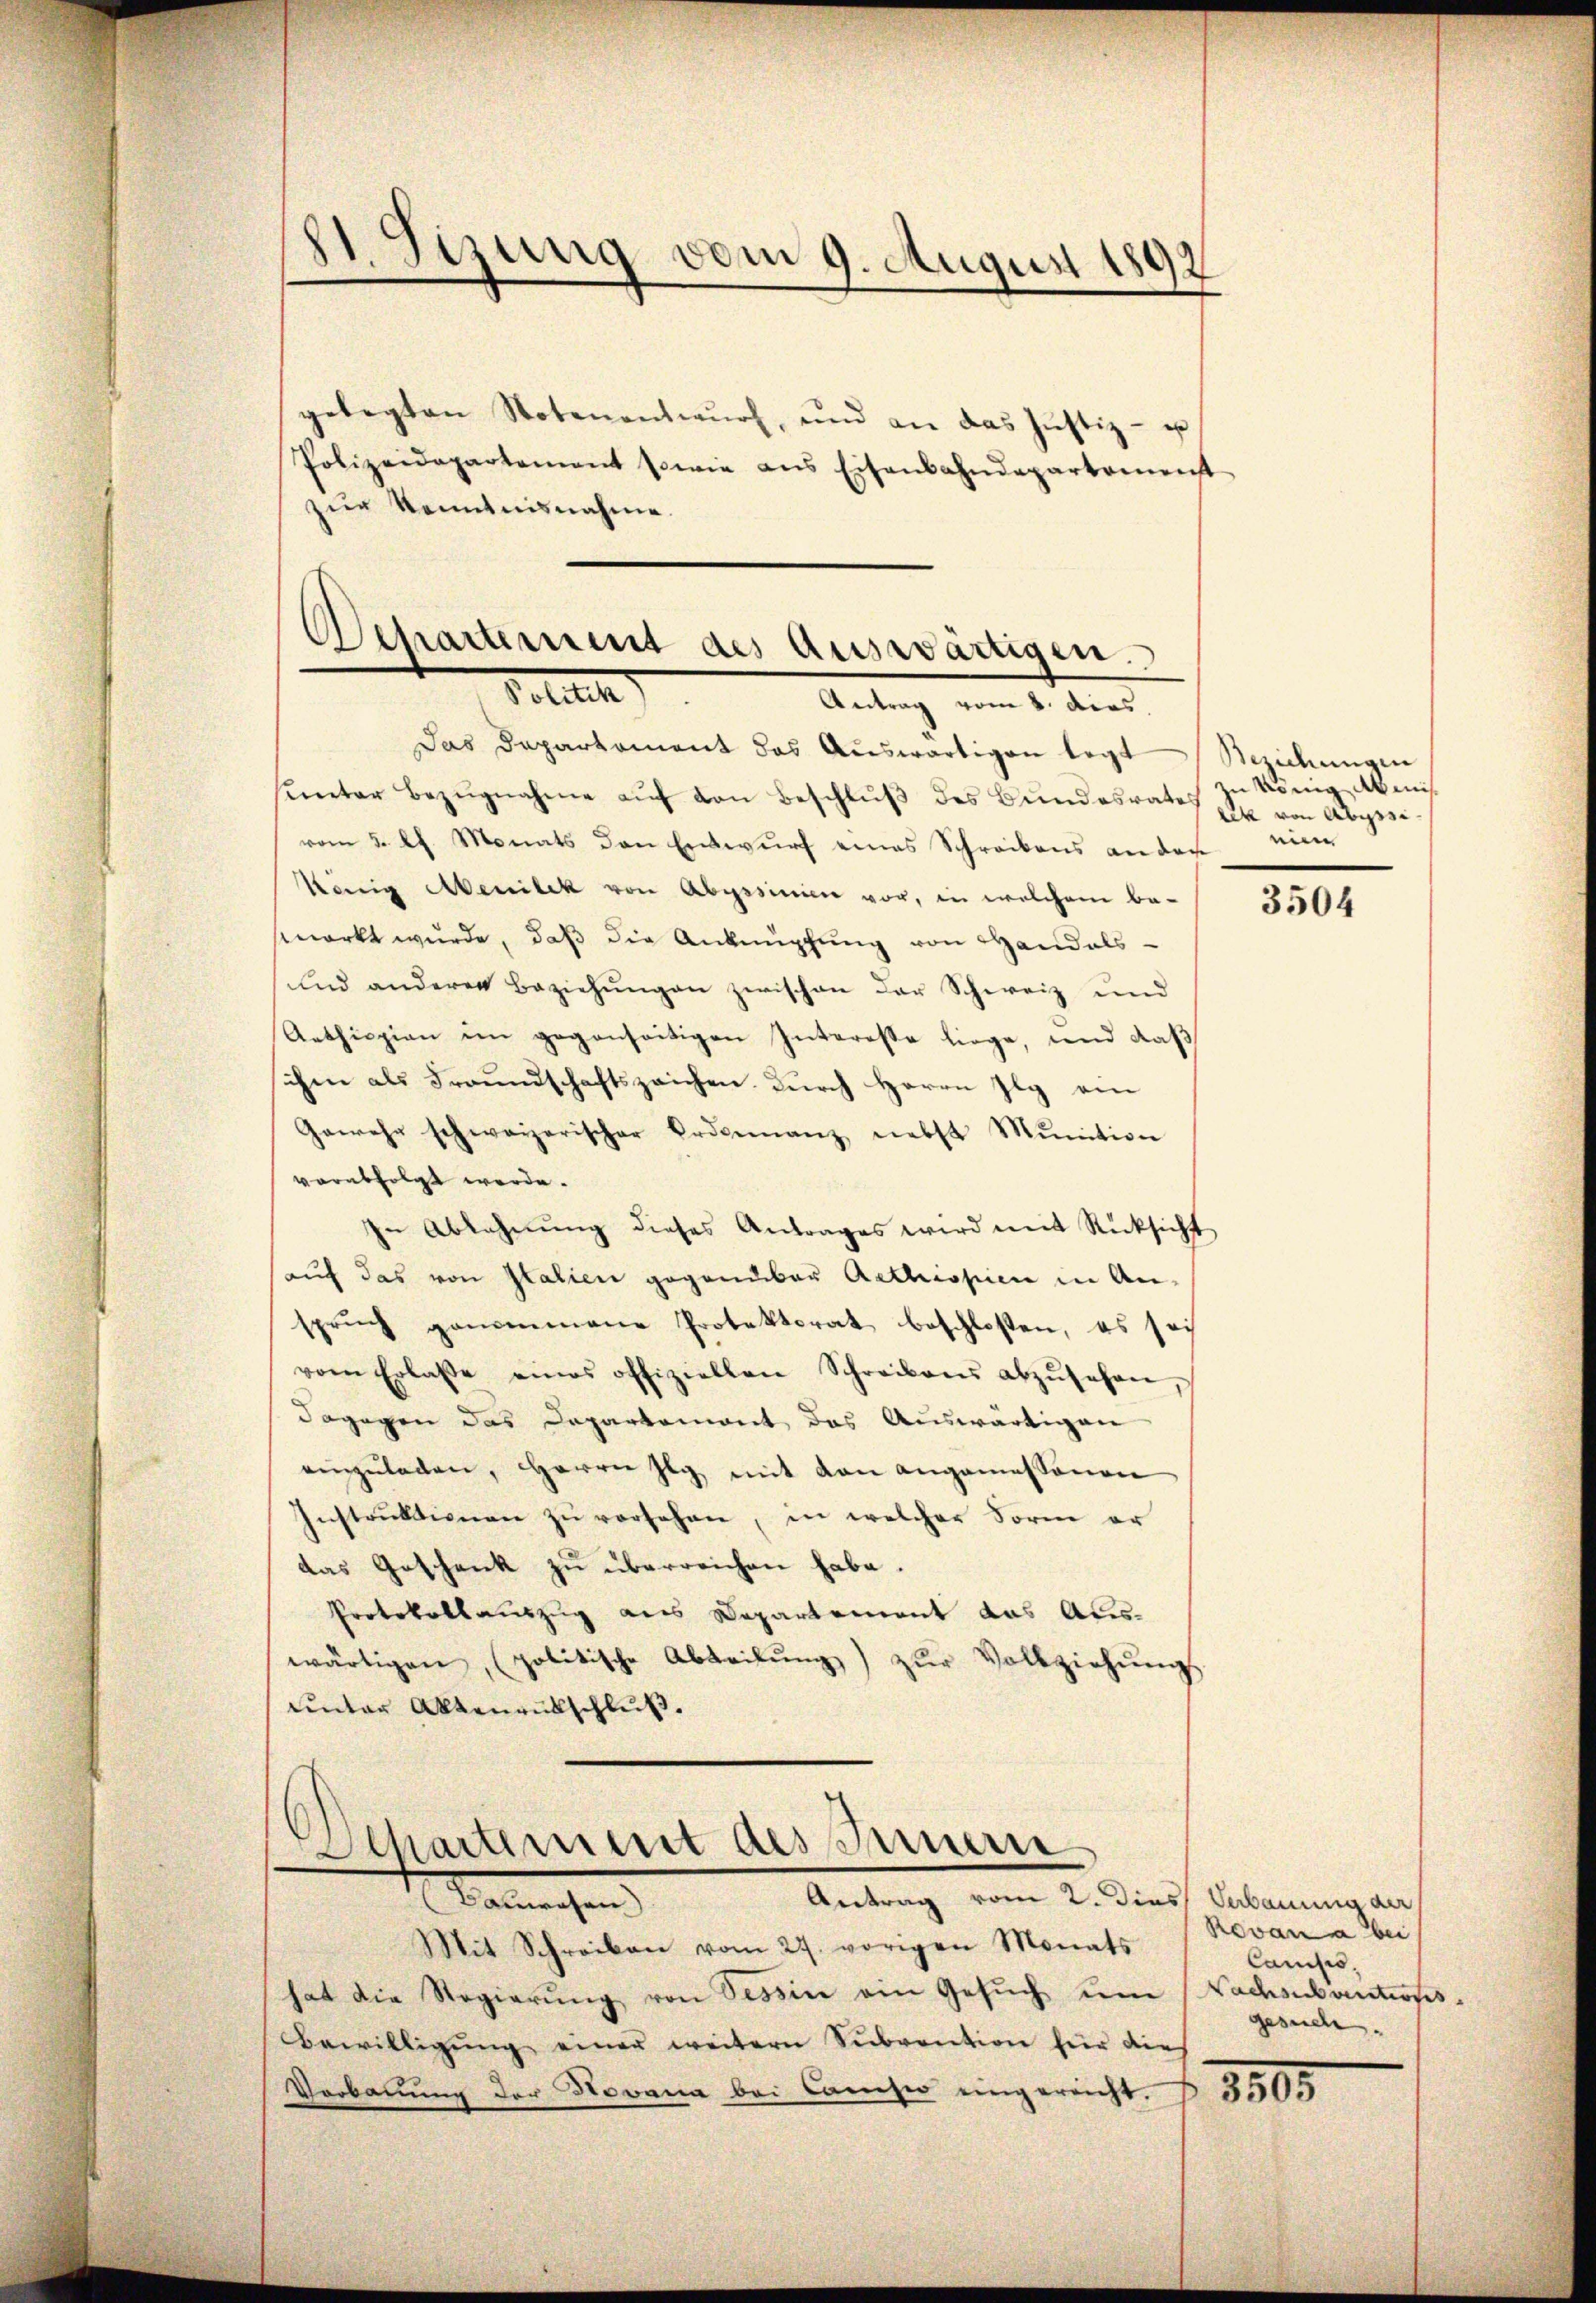
11. Sizung vom 9. August 1891

gelegten Notenentwŭrf, und an das Justiz- u
Polizeidepartement sowie ans Eisenbahndepartement
zur Kenntnisnahme.
Departement des Auswärtigen.

Petit
Antrag vom 4. dies.

Das Departament das Auswärtigen legt
sunter Bezugnahme auf den Beschluß des Bundesrates
vom 5. Ch. Monats den Entwurf eines Schreibens an der
König Menilek von Abgssinien vor, in welchem be-
merkt wŭrde, daβ die Anknüpfung von Handalsŭnd anderer Beziehŭngen zwischen der Schweiz und
Anthiepian im gegenseitigen Interesse liege, und daß
ihm als Freundschaftszeichen durch Herrn Ilg am
Gewehr schweizerischer Ordonnanz nebst Munition
verabfolgt werde.
In Ablehnŭng dieses Antrages wird mit Rücksicht
aŭf das von Italien gegenüber Acthropien in An-
spruch genommene Protektorat beschloßen, es sei
vom Erlasse eines offiziellen Schreibens abzŭsehen,
dagegen das Departemont das Auswärtigen
einzŭladen, Herrn Ilg, mit von angemessenen
Instrŭktionen zŭ versehen, in welcher Form er
das Geschenk zu überreichen habe.
Protokollauszug aus Departement das Auswärtigen, (politische Abteilŭng zŭr Vollziehŭngs-
unter Aktenrütschluß.
Departement des Innern
Antrag vom 2. Dies Verbauung der
Kammenchen
Mit Schreiben vom 27. vorigen Monats
hat die Regierŭng von Tessin ein Gesŭch ŭm
Bewilligŭng einer weitern Sŭbvention für die
Verbauung der Novana bei Camiser eingereicht.

Beziehungen
zu könig Abmislek von Abyssieine

3504

Revan a bei
Camisis.
Nachsuantionsgesuch.
3805.